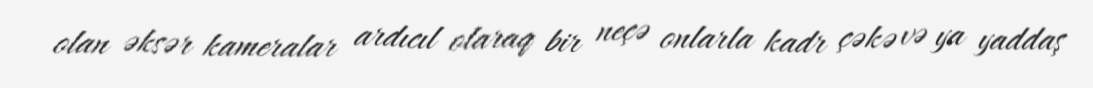
olan əksər kameralar ardıcıl olaraq bir neçə onlarla kadr çəkə və ya yaddaş